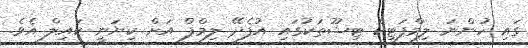
ގައި ހުންނަ ލިމްފަޓިކް ޓިޝޫތަކުގައި އުފެދޭ ލިމްފް އަށް ކިޔަނީ ކައިލް އެވެ.